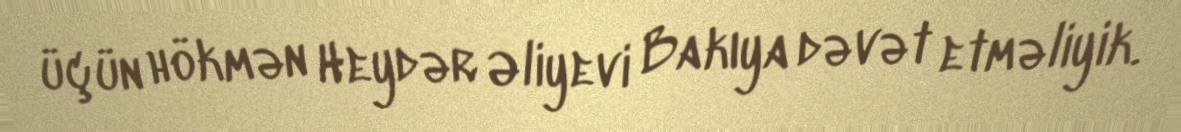
üçün hökmən Heydər Əliyevi Bakıya dəvət etməliyik.